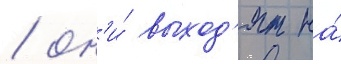
/ он'и́ выход'ят на́